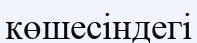
көшесіндегі